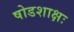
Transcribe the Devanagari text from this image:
षोडशाक्षः